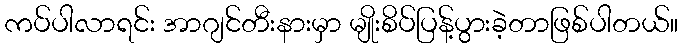
ကပ်ပါလာရင်း အာဂျင်တီးနားမှာ မျိုးစိပ်ပြန့်ပွားခဲ့တာဖြစ်ပါတယ်။